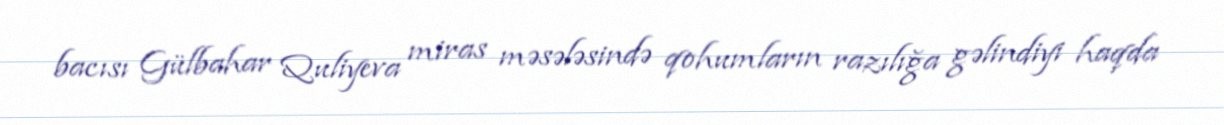
bacısı Gülbahar Quliyeva miras məsələsində qohumların razılığa gəlindiyi haqda